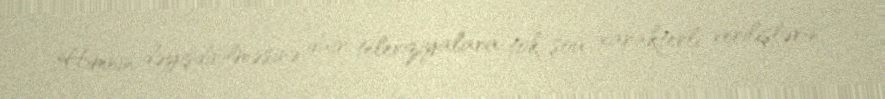
Himnin dəyişdirilməsinə dair televiziyalara tok-şou xarakterli verilişlərin